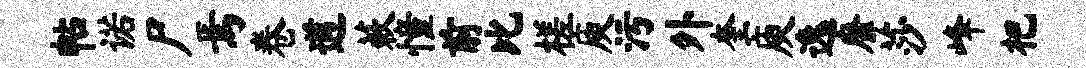
帖诺尸焉卷遒蔌憧前比槎庾污外奎庾逸靡莎峰杷